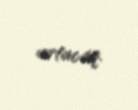
artacaq.